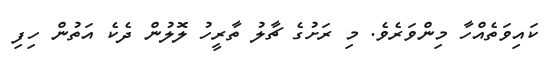
ކައިވަތެއްހާ މިންވަރެވެ. މި ރަށުގެ ޗާލު ތާރީހު ލޮލުން ދެކެ އަތުން ހިފި